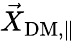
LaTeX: \vec{X}_{\mathrm{DM,\parallel}}